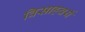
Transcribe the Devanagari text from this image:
विसाहचर्य